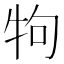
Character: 𤘽